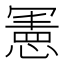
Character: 𭂅